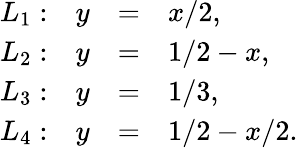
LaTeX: \begin{array}{rrcl}{L_{1}:}&{y}&{=}&{x/2,}\\ {L_{2}:}&{y}&{=}&{1/2-x,}\\ {L_{3}:}&{y}&{=}&{1/3,}\\ {L_{4}:}&{y}&{=}&{1/2-x/2.}\end{array}